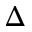
\Delta